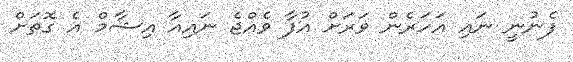
ފެނުނީ ނައި އަހަރެން ވަރަށް އުފާ ވެއްޖެ ނައިއާ އިޝާމް އެ ގޮތަށް